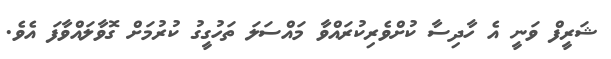
ޝަރީފް ވަނީ އެ ހާދިސާ ކުށްވެރިކުރައްވާ މައްސަލަ ތަހުގީގު ކުރުމަށް ގޮވާލައްވާފަ އެވެ.